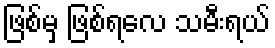
ဖြစ်မှ ဖြစ်ရလေ သမီးရယ်